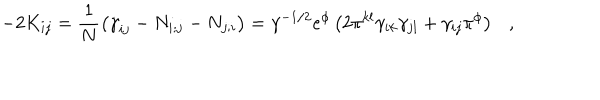
- 2 K _ { i j } = \frac { 1 } { N } \left( \dot { \gamma } _ { i j } - N _ { i ; j } - N _ { j ; i } \right) = \gamma ^ { - 1 / 2 } e ^ { \phi } \left( 2 \pi ^ { k l } \gamma _ { i k } \gamma _ { j l } + \gamma _ { i j } \pi ^ { \phi } \right) ,